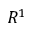
R ^ { 1 }